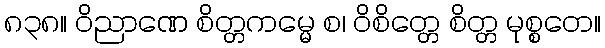
၈၃၈။ ဝိညာဏေ စိတ္တကမ္မေ စ၊ ဝိစိတ္တေ စိတ္တ မုစ္စတေ။